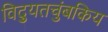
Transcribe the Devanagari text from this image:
विद्युतचुंबकिय